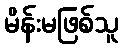
မိန်းမဖြစ်သူ